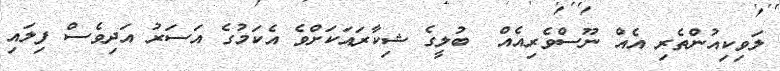
ލަވިކިއުންތެރި އެއް ނޫސްވެރިއެއް  ބުލީގެ ޝިކާރައަކަށްވެ އެކަމުގެ އަސަރު އަދިވެސް ފިލައި